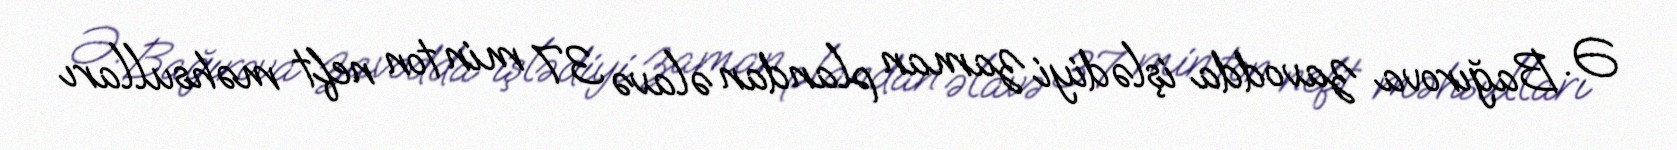
Ə. Bağırova zavodda işlədiyi zaman plandan əlavə 37 min ton neft məhsulları